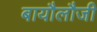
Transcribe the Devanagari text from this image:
बायौलौजी